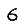
Digit: 6